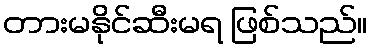
တားမနိုင်ဆီးမရ ဖြစ်သည်။